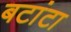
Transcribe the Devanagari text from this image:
बटांटा